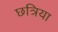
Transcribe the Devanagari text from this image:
छत्रिया